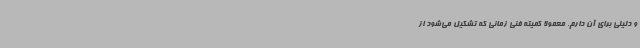
و دلیلی برای آن دارم. معمولا کمیته‌ فنی زمانی که تشکیل می‌شود از